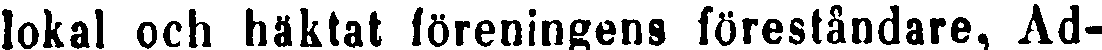
lokal och häktat föreningens föreståndare, Ad-